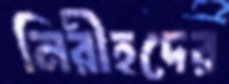
নিরীহদের